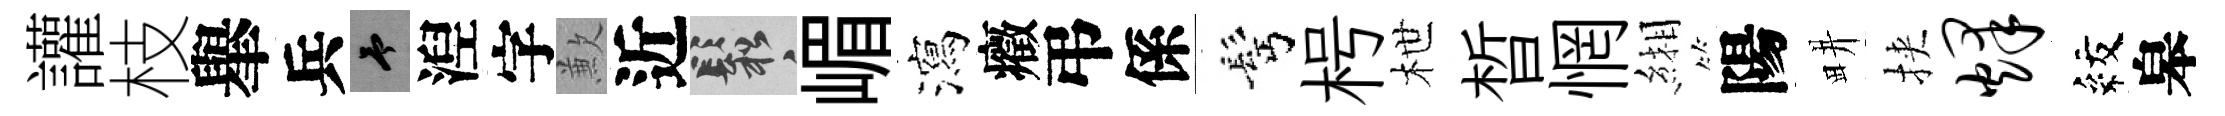
讙枝𦦙兵予湼字歉近鬆嵋瀉癥弔係髩枵枻晳惘緗陽畊挾烽紋皋